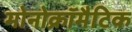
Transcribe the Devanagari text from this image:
मोनोक्रॉमैटिक